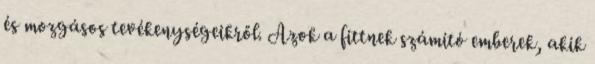
és mozgásos tevékenységeikről. Azok a fittnek számító emberek, akik